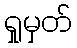
ရှုမှတ်